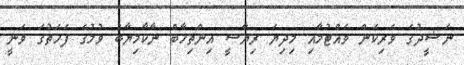
ނަޝީދުގެ ވެރިކަން ވެއްޓުމާއި މިދިޔަ ރިޔާސީ އިންތިހާބް ނާކާމިޔާބު ވުމުގެ ފަހަތުގަ ވަނީ